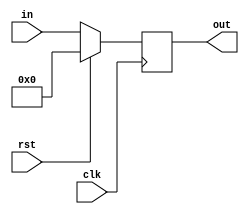
module PC (in, clk, rst, out);

	input [7:0] in;
	input clk, rst;
	
	output reg [7:0] out;
	
	always @ (posedge clk) begin
		if (rst)
			out = 8'b0;
		else
			out = in;
	end
	
endmodule